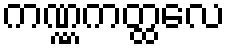
ကဏ္ဏကတ္ထလေ